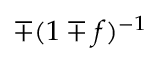
\mp ( 1 \mp f ) ^ { - 1 }